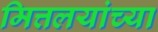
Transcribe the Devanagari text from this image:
मित्तलयांच्या